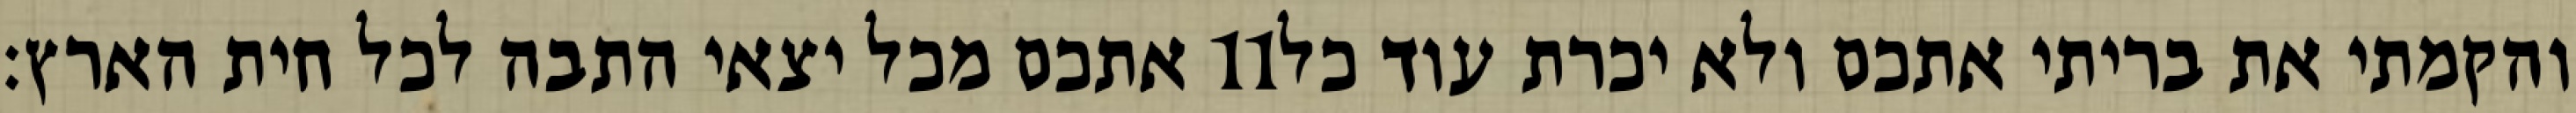
אתכם מכל יצאי התבה לכל חית הארץ׃ ‎11‏ והקמתי את בריתי אתכם ולא יכרת עוד כל